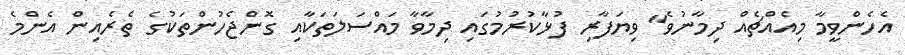
އެހެންވީމާ މިއެއްޗެއް ދިމާނުވެ" ވިޔަފާރި ފުޅާކުރުމުގައި ދިމާވާ މައްސަލަތަކާއި ގޮންޖެހުންތަކުގެ ތެރެއިން އެންމެ